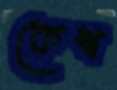
কেশ